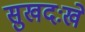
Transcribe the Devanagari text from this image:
सुखदःखे